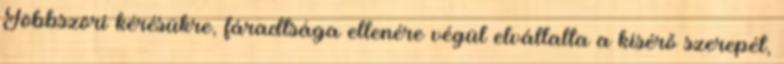
Többszöri kérésükre, fáradtsága ellenére végül elvállalta a kísérő szerepét,